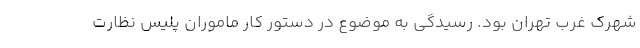
شهرک غرب تهران بود. رسیدگی به موضوع در دستور کار ماموران پلیس نظارت